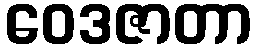
ဝေဒဇာတာ